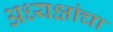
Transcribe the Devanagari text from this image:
अध्यक्षांचा